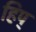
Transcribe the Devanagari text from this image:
हिप्